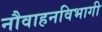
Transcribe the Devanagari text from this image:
नौवाहनविभागी